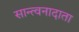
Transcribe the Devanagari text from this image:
सान्त्वनादाता